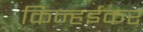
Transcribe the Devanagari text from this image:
किन्हईकर